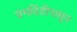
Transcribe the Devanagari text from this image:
ग्रंथदिंडीपासून